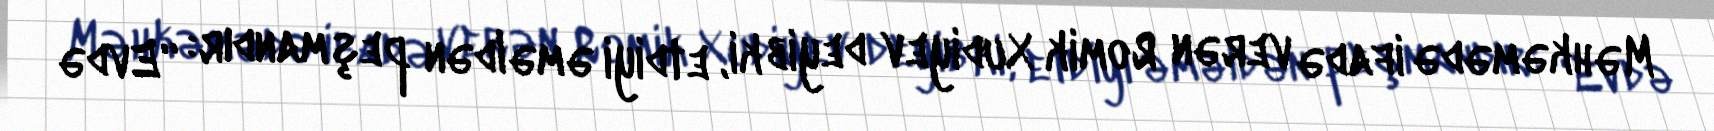
Məhkəmədə ifadə verən Romik Xudiyev deyib ki, etdiyi əməldən peşmandır: “Evdə